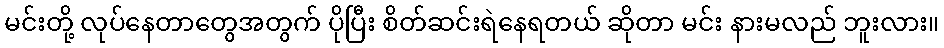
မင်းတို့ လုပ်နေတာတွေအတွက် ပိုပြီး စိတ်ဆင်းရဲနေရတယ် ဆိုတာ မင်း နားမလည် ဘူးလား။